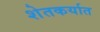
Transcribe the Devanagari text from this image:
शेतकर्यात